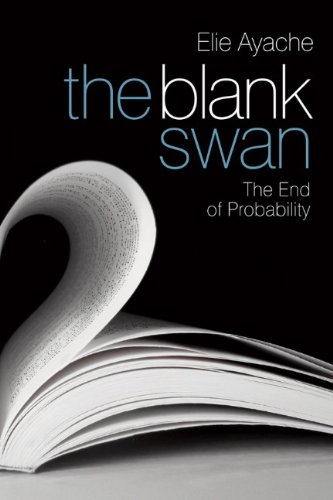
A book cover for The Blank Swan: The End of Probability; Elie Ayache; Business & Money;